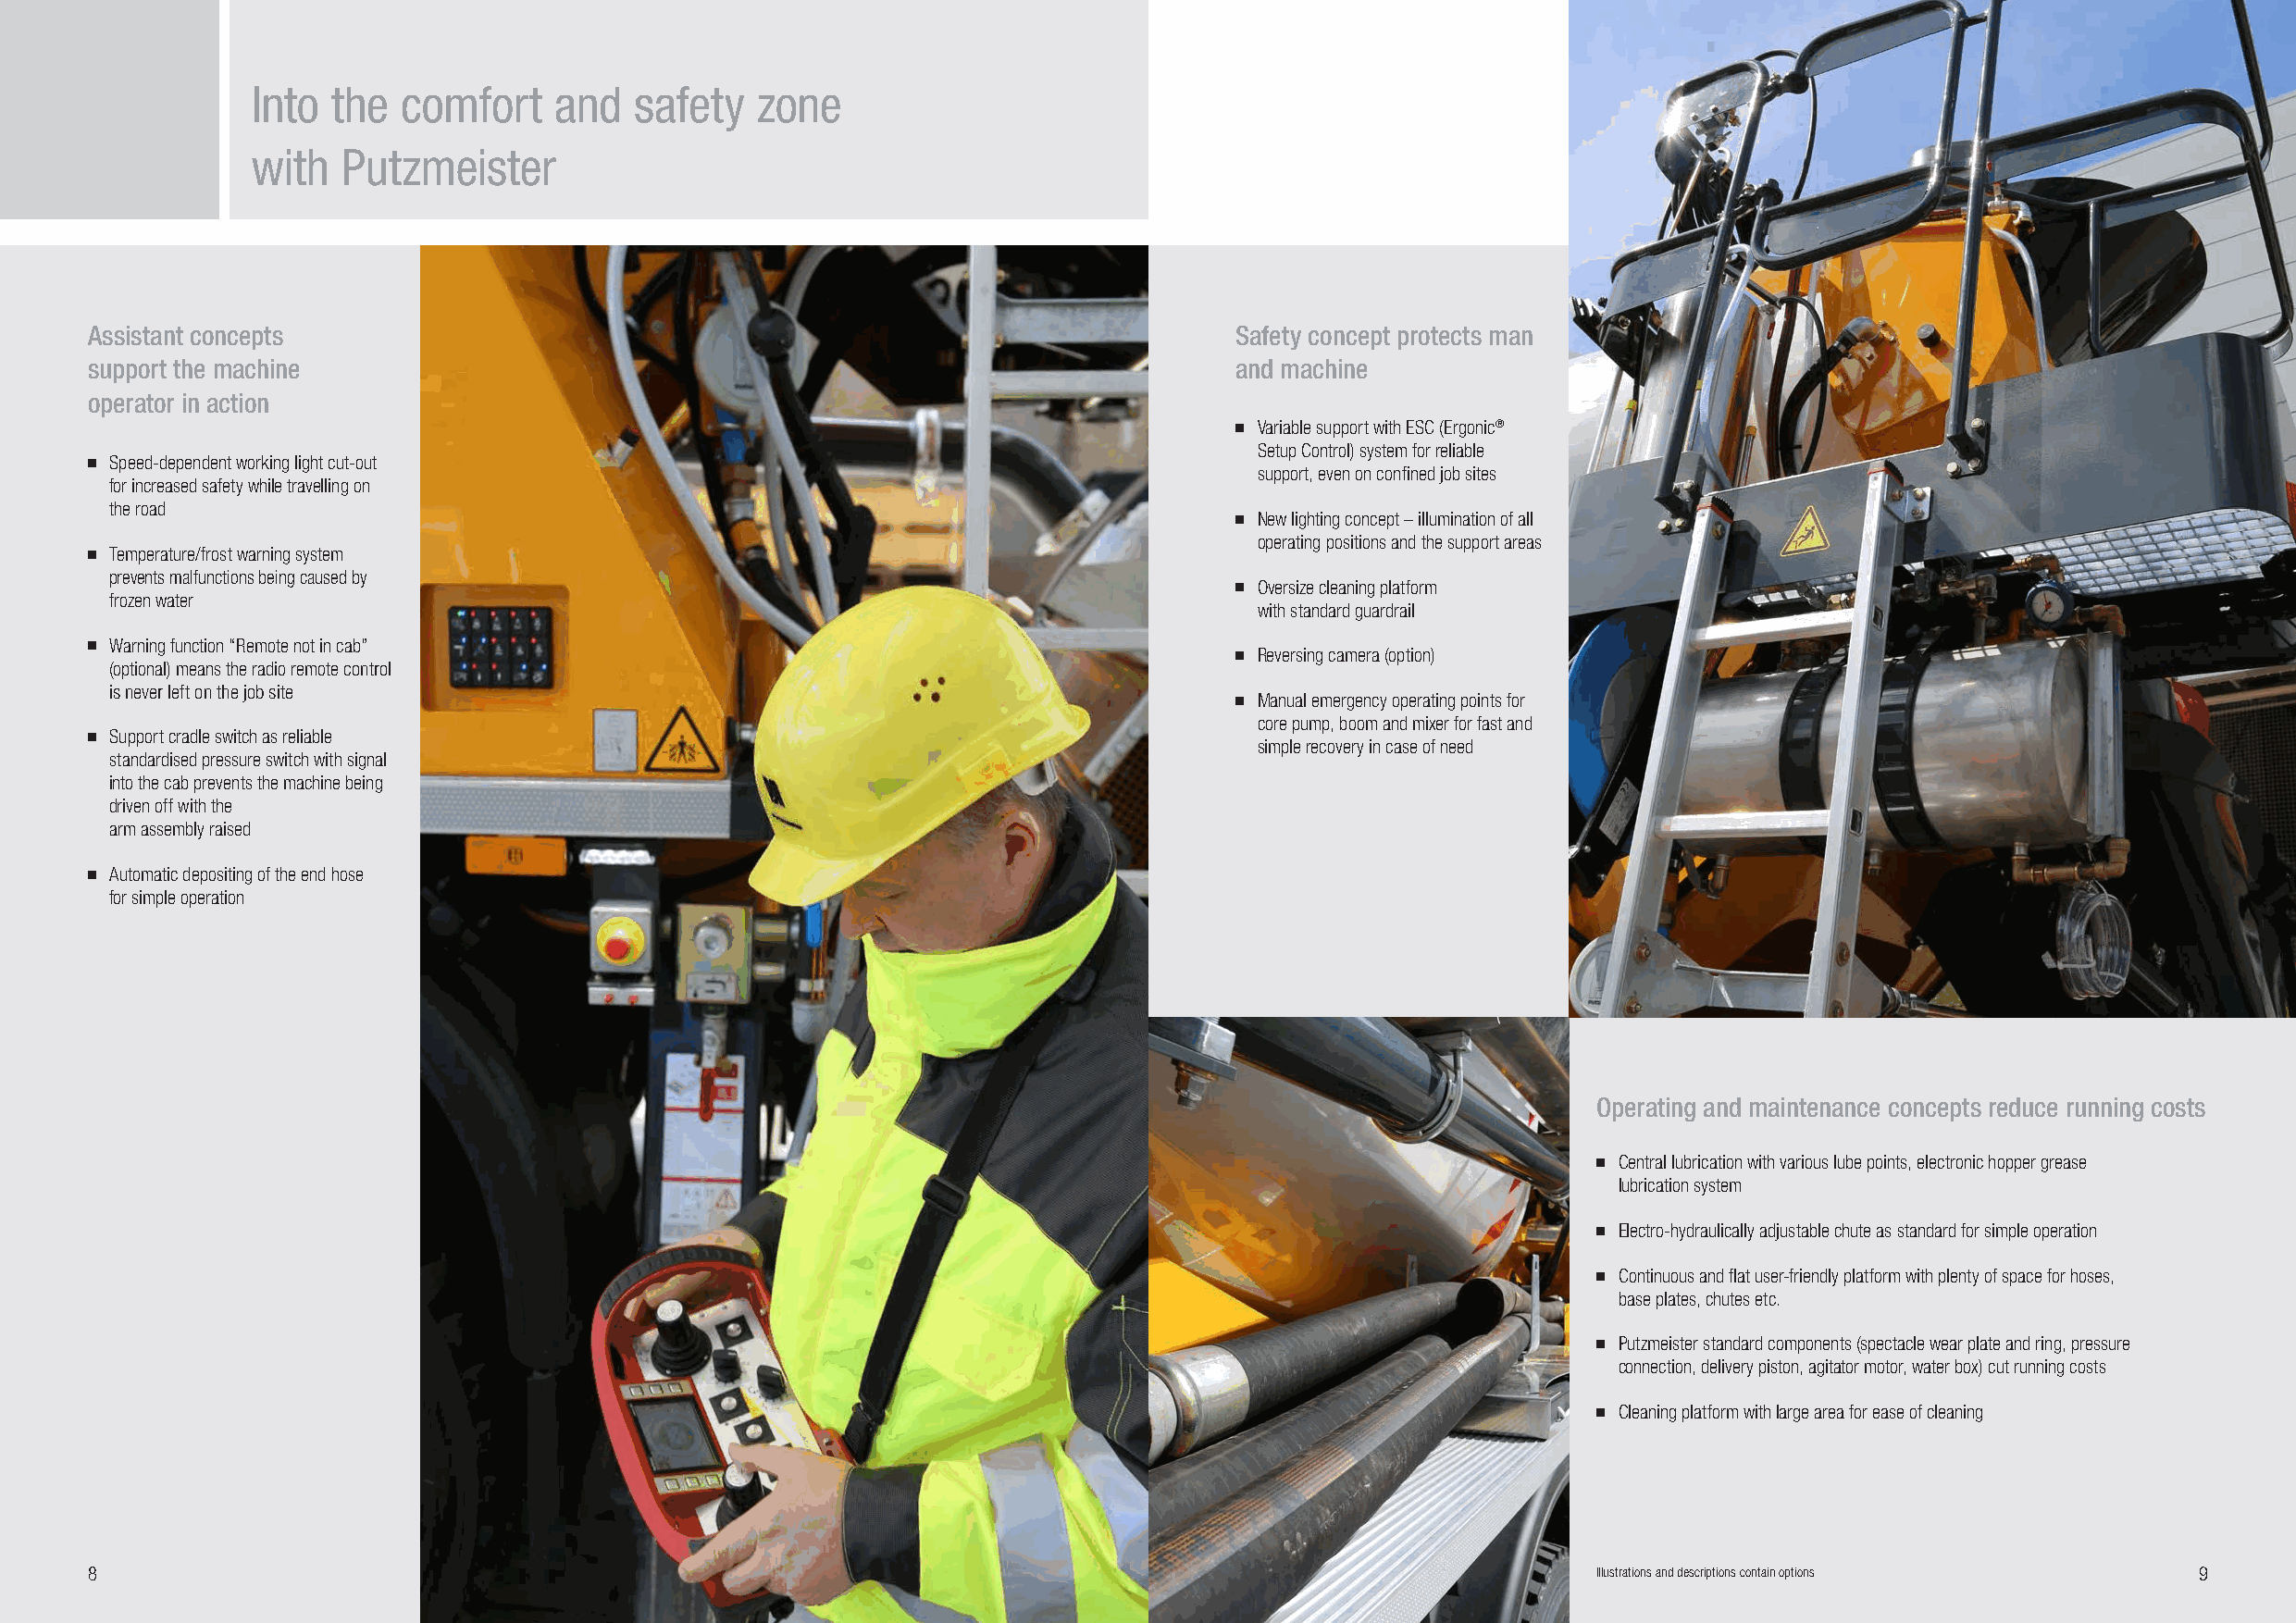
Into  the  comfort    and  safety   zone
 with  Putzmeister
 Assistant concepts                                                                Safety concept protects man
 support the machine                                                               and machine
 operator in action
 ■■ Variable support with ESC (Ergonic®
 Setup Control) system for reliable
 ■■ Speed-dependent working light cut-out
 support, even on confined job sites
 for increased safety while travelling on
 the road
 ■■ New lighting concept – illumination of all
 operating positions and the support areas
 ■■ Temperature/frost warning system
 prevents malfunctions being caused by
 ■■ Oversize cleaning platform
 frozen water
 with standard guardrail
 ■■ Warning function “Remote not in cab”
 ■■ Reversing camera (option)
 (optional) means the radio remote control
 is never left on the job site
 ■■ Manual emergency operating points for
 core pump, boom and mixer for fast and
 ■■ Support cradle switch as reliable
 simple recovery in case of need
 standardised pressure switch with signal
 into the cab prevents the machine being
 driven off with the
 arm assembly raised
 ■■ Automatic depositing of the end hose
 for simple operation
 Operating and maintenance concepts reduce running costs
 ■■ Central lubrication with various lube points, electronic hopper grease
 lubrication system
 ■■ Electro-hydraulically adjustable chute as standard for simple operation
 ■■ Continuous and flat user-friendly platform with plenty of space for hoses,
 base plates, chutes etc.
 ■■ Putzmeister standard components (spectacle wear plate and ring, pressure
 connection, delivery piston, agitator motor, water box) cut running costs
 ■■ Cleaning platform with large area for ease of cleaning
 8                                                                                                           Illustrations and descriptions contain options 9